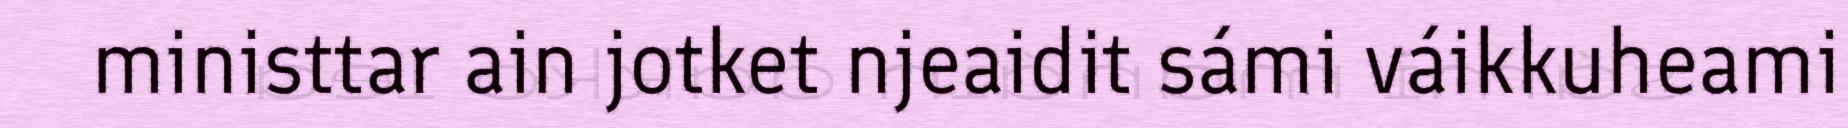
ministtar ain jotket njeaidit sámi váikkuheami